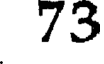
73